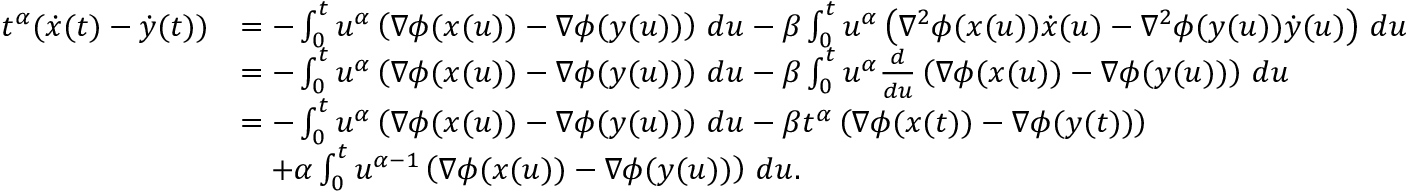
\begin{array} { r l } { t ^ { \alpha } ( \dot { x } ( t ) - \dot { y } ( t ) ) } & { = - \int _ { 0 } ^ { t } u ^ { \alpha } \left( \nabla \phi ( x ( u ) ) - \nabla \phi ( y ( u ) ) \right) \, d u - \beta \int _ { 0 } ^ { t } u ^ { \alpha } \left( \nabla ^ { 2 } \phi ( x ( u ) ) \dot { x } ( u ) - \nabla ^ { 2 } \phi ( y ( u ) ) \dot { y } ( u ) \right) \, d u } \\ & { = - \int _ { 0 } ^ { t } u ^ { \alpha } \left( \nabla \phi ( x ( u ) ) - \nabla \phi ( y ( u ) ) \right) \, d u - \beta \int _ { 0 } ^ { t } u ^ { \alpha } \frac { d } { d u } \left( \nabla \phi ( x ( u ) ) - \nabla \phi ( y ( u ) ) \right) \, d u } \\ & { = - \int _ { 0 } ^ { t } u ^ { \alpha } \left( \nabla \phi ( x ( u ) ) - \nabla \phi ( y ( u ) ) \right) \, d u - \beta t ^ { \alpha } \left( \nabla \phi ( x ( t ) ) - \nabla \phi ( y ( t ) ) \right) } \\ & { \quad + \alpha \int _ { 0 } ^ { t } u ^ { \alpha - 1 } \left( \nabla \phi ( x ( u ) ) - \nabla \phi ( y ( u ) ) \right) \, d u . } \end{array}